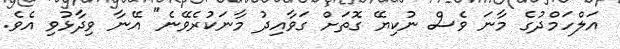
އަލްހަމްދުގެ މާނަ ވެސް ނުކިޔޭ ގޮތަށް ގަވާއިދު މާނަކުރެވޭނެ" އޭނާ ވިދާޅުވި އެވެ.